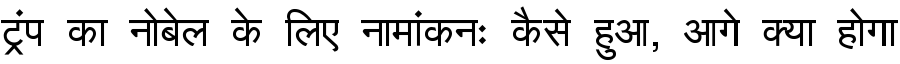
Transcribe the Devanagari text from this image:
ट्रंप का नोबेल के लिए नामांकनः कैसे हुआ, आगे क्या होगा